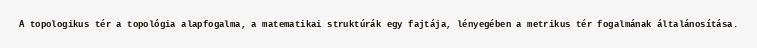
A topologikus tér a topológia alapfogalma, a matematikai struktúrák egy fajtája, lényegében a metrikus tér fogalmának általánosítása.